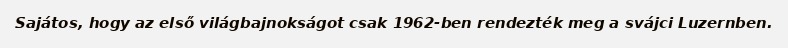
Sajátos, hogy az első világbajnokságot csak 1962-ben rendezték meg a svájci Luzernben.